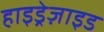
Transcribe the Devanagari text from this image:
हाइड्रेज़ाइड